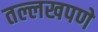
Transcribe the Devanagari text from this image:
तल्लखपणे